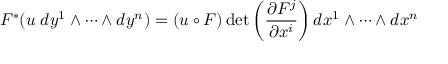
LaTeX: F ^ { * } ( u \; d y ^ { 1 } \wedge \cdots \wedge d y ^ { n } ) = ( u \circ F ) \operatorname* { d e t } \left( { \frac { \partial F ^ { j } } { \partial x ^ { i } } } \right) d x ^ { 1 } \wedge \cdots \wedge d x ^ { n }